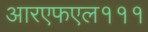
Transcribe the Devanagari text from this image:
आरएफएल१११